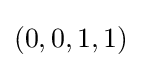
(0,0,1,1)